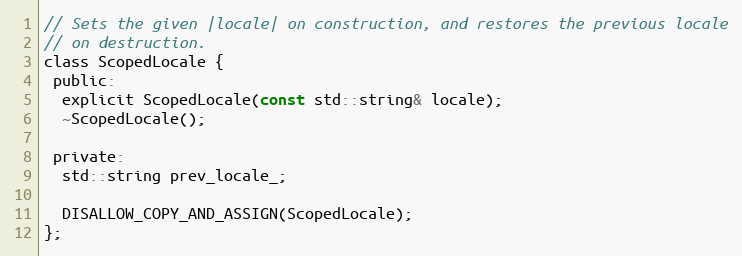
Language: C
// Sets the given |locale| on construction, and restores the previous locale
// on destruction.
class ScopedLocale {
 public:
  explicit ScopedLocale(const std::string& locale);
  ~ScopedLocale();

 private:
  std::string prev_locale_;

  DISALLOW_COPY_AND_ASSIGN(ScopedLocale);
};